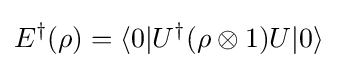
E^{\dagger }(\rho )=\langle 0\vert U^{\dagger }(\rho \otimes 1)U\vert 0\rangle